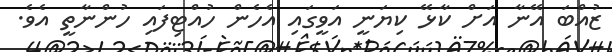
ޒުއްބަ އޭނާ އަށް ކާޅޭ ކިޔަނީ އަވީގައި އެހެން ހުއްޓިފައި ހުންނާތީ އެވެ.